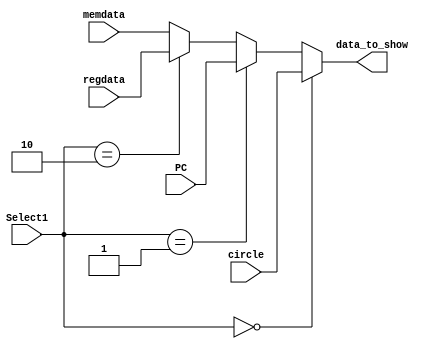
`timescale 1ns / 1ps
//////////////////////////////////////////////////////////////////////////////////
// Company: 
// Engineer: 
// 
// Design Name: 
// Module Name: display
// Project Name: 
// Target Devices: 
// Tool Versions: 
// Description: 
// 
// Dependencies: 
// 
// Revision:
// Revision 0.01 - File Created
// Additional Comments:
// 
//////////////////////////////////////////////////////////////////////////////////


module display(Select1, circle, PC, regdata, memdata, data_to_show);

input [1:0] Select1; //?
input [31:0]circle, PC, regdata, memdata;

output [31:0]data_to_show;

//jinzhi_16to10 j1(cycle1,Cycle1);
//jinzhi_16to10 j2(cycle2,Cycle2);
//jinzhi_16to10 j3(cycle3,Cycle3);
//jinzhi_16to10 j4(cycle4,Cycle4);

assign data_to_show = (Select1 == 0)?circle:
                     (Select1 == 1)?PC:
                     (Select1 == 2)?regdata: memdata;
					 
                     
endmodule